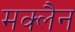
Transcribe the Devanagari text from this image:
मक्लैन